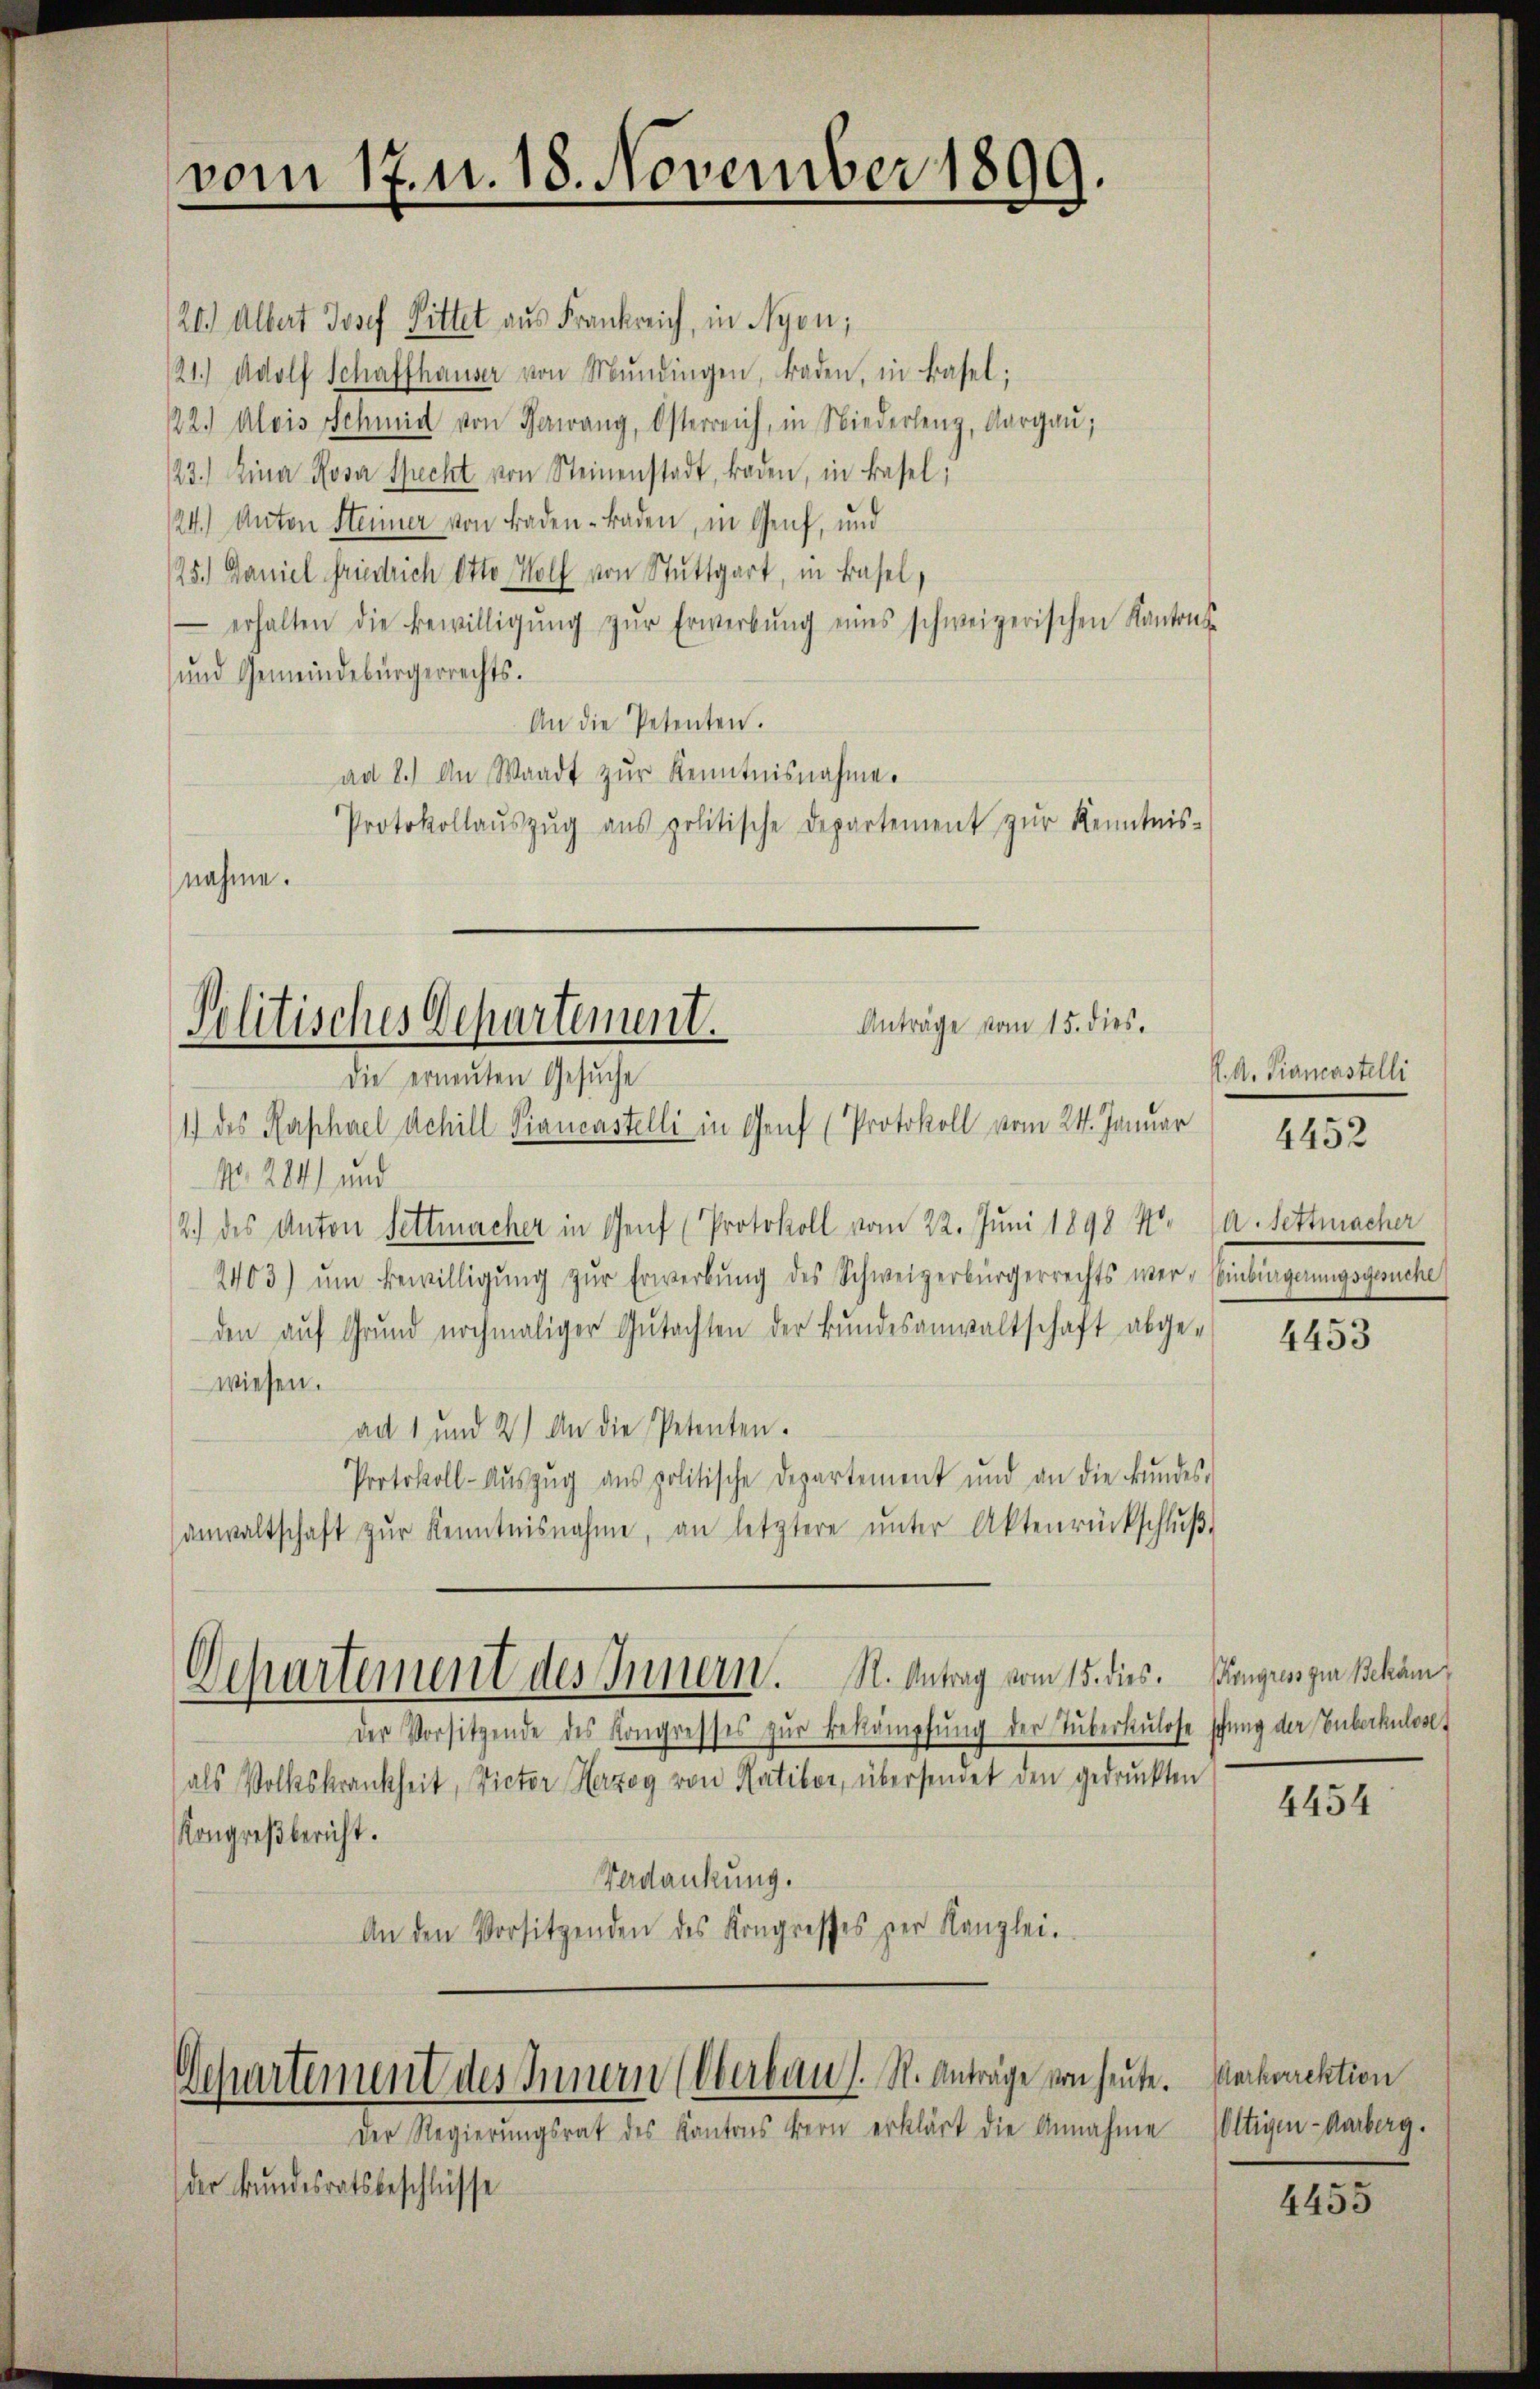
vom 17. u. 18. November 1899.

26.) Albert Josef Sittet aus Frankreich, in Nyon,
121. Adolf Schaffhauser von Mundingen, Baden, in Basel;
22. Alois Schmid von Harrang, Osterreich, in Niederleng, Aargaŭ;
/23.) Eina Rosa Sprecht von Steinenstadt, Baden, in Basel,
24.) Anton Steiner von Baden Baden, in Genf, und
25.) Daniel friedrich Otto Wolf von Stuttgart, in Basel,
 erhalten die Bewilligŭng zŭr Erwerbŭng eines schweizerischen Kantons-
und Gemeindebürgerrechts.
An die Petenten.
ad 8.) An Waadt zur Kenntnisnahme.
Protokollaŭszŭg aŭs politische Departement zŭr Kenntnis-
nahme.

Anträge vom 15. dies.
Politisches Departement.
Die erneuten Gesuche
1) des Raschael Achill Fiancastelli in Genf (Protokoll vom 24. Januar

Dchartement des Innern. R. Antrag vom 15. dies. Püngruss zur Bekäm¬

Departement des Innern (Oberbau s. S. Anträge von heute. Mecharaktion
Der Regierungsrat des Kantons Bern erklärt die Annahme

der Bundesratsbeschlüsse

No. 284) und
2.) des Anton Settmacher in Genf (Protokoll vom 22. Juni 1898 4
2403) ŭm Bewilligŭng zŭr Erwerbŭng des Schweizerbürgerrechts wer- Einbingerungsgesuche
den aŭf Grŭnd nochmaliger Gŭtachten der Bŭndesanwaltschaft abge-
wiesen.
an 1 und 2) An die Petenten.
Protokoll-Aŭszŭg aŭs politische Departement und an die Bŭndes-
anwaltschaft zŭr Kenntnisnahme, an letztere ŭnter Aktenrückschlŭβ

der Vorsitzende des Kongresses zŭr Bekämpfŭng der Tuberkulose schung der Guberkulose
als Volkskrankheit, Victor Herzog von Ratibor, übersendet den gedruckten
Kongreßbericht.
Verdankung.
An den Vorsitzenden des Kongresses per Kanzlei.

K. A. Biancastelli
4452

A. Tettmacher

4453

4454

Oltigen-Aarberg.

4455